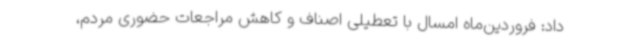
داد: فروردین‌ماه امسال با تعطیلی اصناف و کاهش مراجعات حضوری مردم،